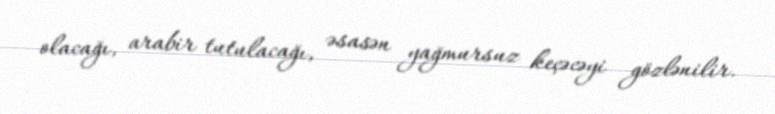
olacağı, arabir tutulacağı, əsasən yağmursuz keçəcəyi gözlənilir.